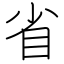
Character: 省